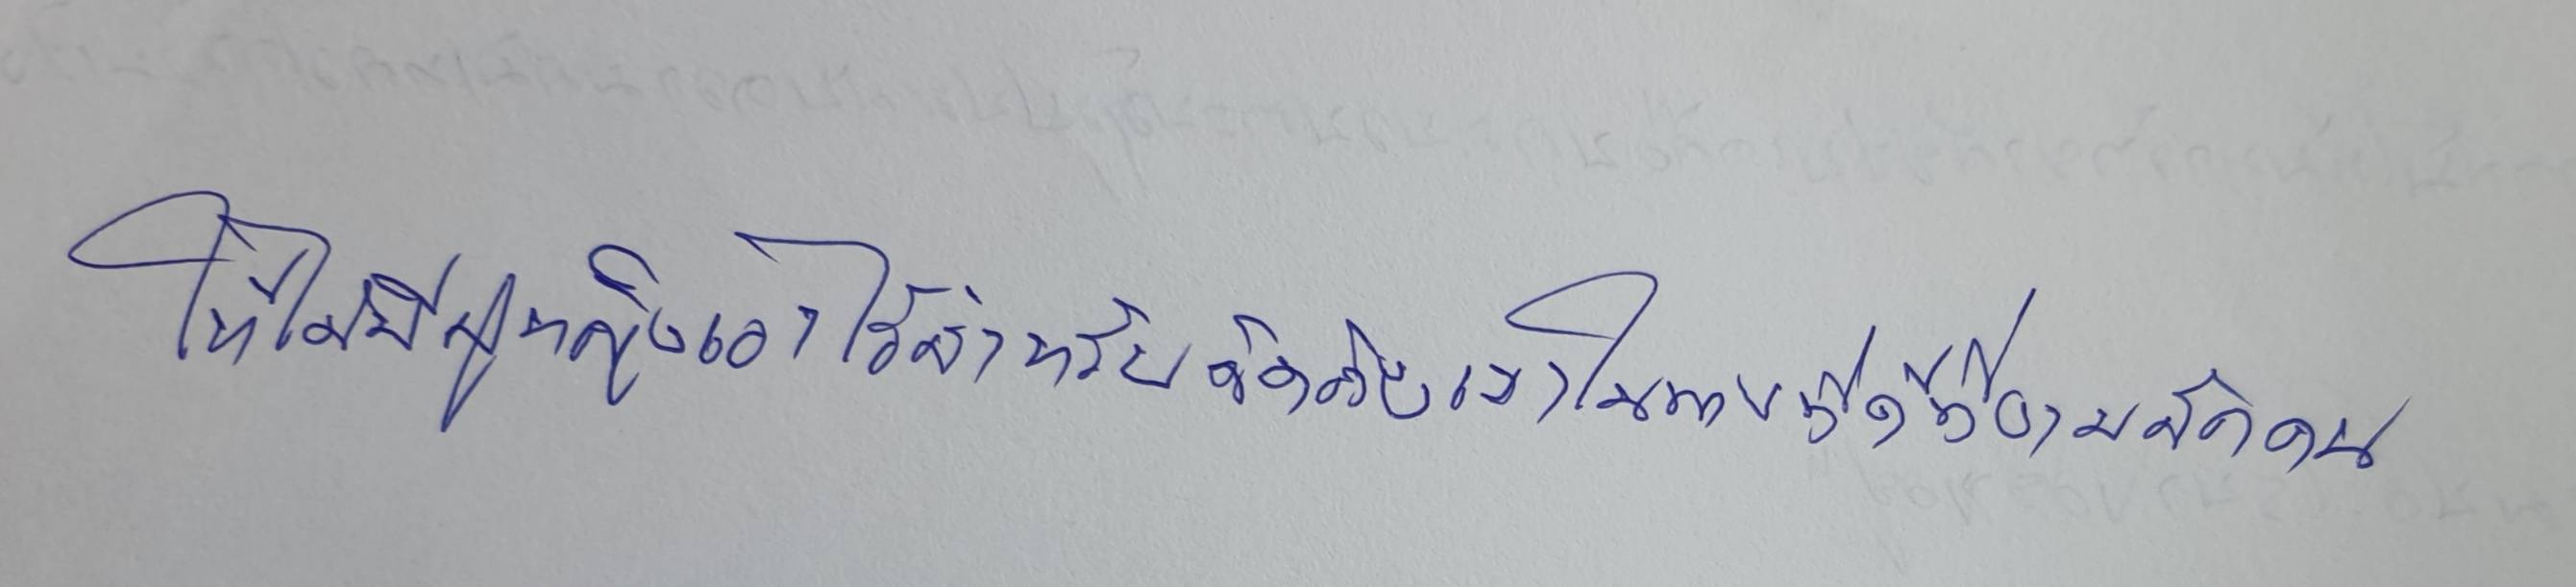
ให้ได้มีผู้หญิงเอาไว้สำหรับคิดถึงเขาในทางที่ดีที่งามสักคน